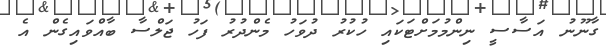
ގާނޫނު އަސާސީ ނިންމުމަށްޓަކައި ހުކުރު ދުވަހު މެންދުރު ފަހު ޖަލްސާ ބާއްވައިގެން އެ